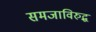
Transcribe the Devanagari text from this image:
समजाविरुद्ध